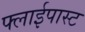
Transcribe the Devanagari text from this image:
फ्लाईपास्ट